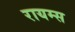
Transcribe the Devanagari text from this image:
रायम्स